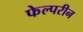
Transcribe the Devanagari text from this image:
फेल्परीन